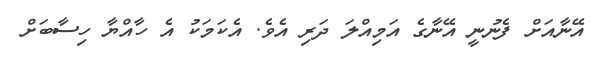
އޭނާއަށް ފެނުނީ އޭނާގެ އަމިއްލަ ދަރި އެވެ. އެކަމަކު އެ ހާއްޔާ ހިސާބަށް